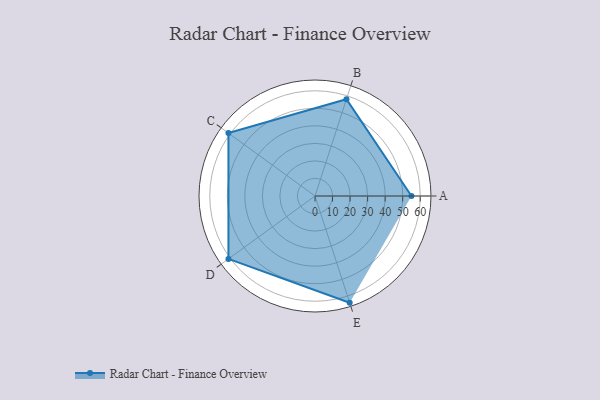
{"axis": {"x": "Skill", "y": "Score"}, "legend": ["Profile"], "data": [{"x": "A", "y": 55.0, "type": "Profile"}, {"x": "B", "y": 58.0, "type": "Profile"}, {"x": "C", "y": 61.0, "type": "Profile"}, {"x": "D", "y": 61.0, "type": "Profile"}, {"x": "E", "y": 64.0, "type": "Profile"}]}